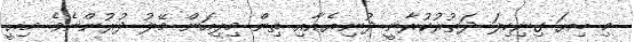
މި ބިޔަ ގިނިހިލަ ދަތުރުކުރާނީ ދުނިޔެއާއި ތިން މިލިއަން މޭލު ދުރުންނެވެ. މިއީ